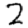
Digit: 2